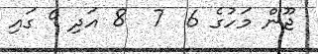
ޖޫން މަހުގެ 6  7  8 އަދި 9 ގައި